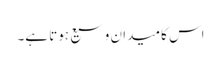
اس کا میدان وسیع ہوتا ہے۔